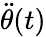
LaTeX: \ddot{\theta}(t)